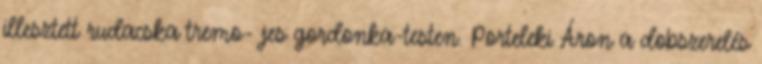
illesztett rudacska tremo- jes gordonka-testen. Porteleki Áron a dobszerelés